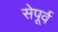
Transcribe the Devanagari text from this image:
सेपूर्व